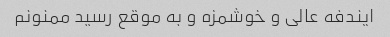
ایندفه عالی و خوشمزه و به موقع رسید ممنونم